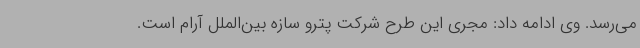
می‌رسد. وی ادامه داد: مجری این طرح شرکت پترو سازه بین‌الملل آرام است.